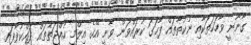
ގާނޫނީ ވާހަކަތަކާއި ނުކުތާތައް ފާހަގަ ކުރައްވަން ވާނީ އޭގެ އިލްމީ ހުއްޖަތުތައް ދައްކުވާފައި